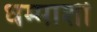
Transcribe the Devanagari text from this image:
धम्माशी